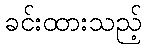
ခင်းထားသည့်